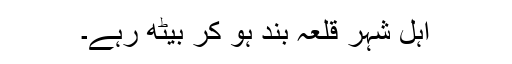
اہل شہر قلعہ بند ہو کر بیٹھ رہے۔